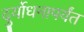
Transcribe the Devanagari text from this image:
दुर्योधनापर्यंत